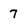
Character: 7